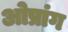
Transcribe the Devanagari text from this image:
ओप्रांग